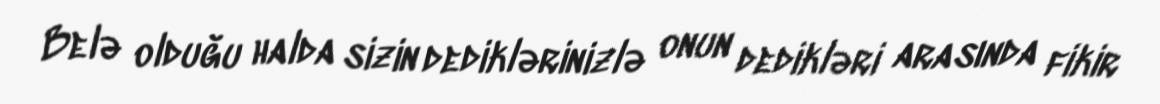
Belə olduğu halda sizin dediklərinizlə onun dedikləri arasında fikir